Report on sanitation, dispensaries, and jails in Rajputana for 1918, and on vaccination for the year 1918-1919 - 1918-1919
Year: 1918
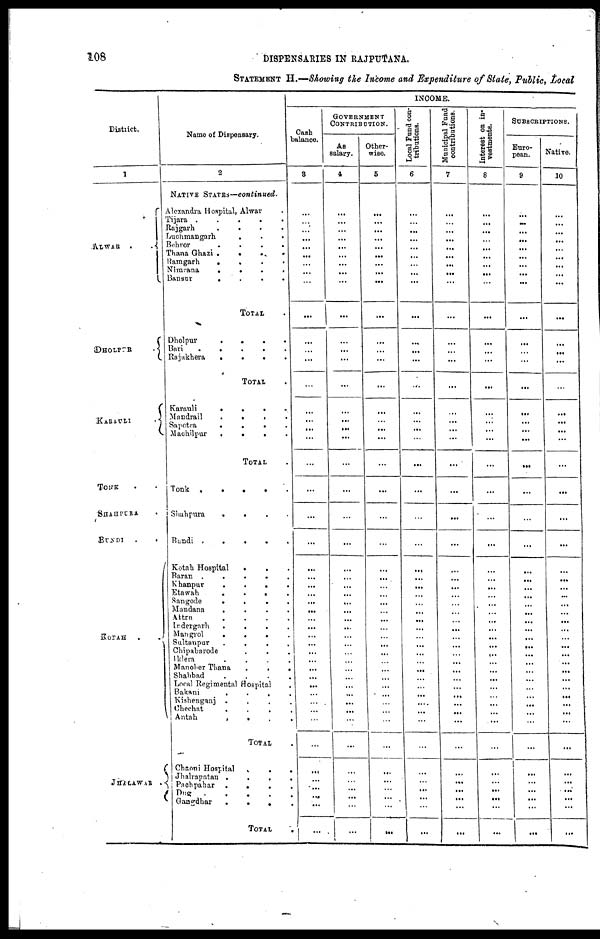
108
DISPENSARIES IN RAJPUTANA.
STATEMENT H.—Showing the Income and Expenditure of State, Public, Local
District.
1
ALWAR
DHOLPUR
KARAULI
TONK . .
SHAHPURA .
BUNDI
. .
KOTAH . .
JHALAWAR
Name of Dispensary.
2
NATIVE STATES—continued.
Alexandra Hospital, Alwar .
Tijara .
.
.
.
.
Rajgarh
. . . .
Luchmangarh
. . .
Behror
.
.
.
.
Thana Ghazi
.
.
. .
Ramgarh
.
.
.
.
Nimrana
.
.
.
.
Bansur
.
.
.
.
TOTAL .
Dholpur
.
.
.
.
Bari
.
.
.
.
.
Rajakhera
.
.
.
.
TOTAL .
Karauli
.
.
. .
Mandrail
.
. . .
Sapotra
.
.
.
.
Machilpur
.
.
.
.
TOTAL .
Tonk .
.
.
.
Shahpura
.
.
.
.
Bundi .
.
.
.
.
Kotah Hospital
.
. .
Baran .
.
.
.
.
Khanpur
.
.
.
.
Etawah
.
.
.
.
Sangode
.
.
.
.
Mandana
.
.
.
.
Attru
.
.
.
.
Indergarh
.
.
.
.
Mangrol
.
.
.
.
Sultanpur
.
.
.
.
Chipabarode . . .
Iklera
.
.
.
.
Manoher Thana
.
.
.
Shahbad
.
.
.
.
Local Regimental Hospital .
Bakani
.
.
.
.
Kishenganj .
.
.
.
Chechat
.
.
.
.
Antah
.
.
.
.
TOTAL .
Chaoni Hospital
.
.
.
Jhalrapatan .
.
.
.
Pachpahar .
.
.
.
Dug
.
.
.
.
.
Gangdhar
.
.
. .
TOTAL .
INCOME.
Cash
balance.
3
...
...
...
...
...
...
...
...
...
...
...
...
...
...
...
...
...
...
...
...
...
...
...
...
...
...
...
...
...
...
...
...
...
...
...
...
...
...
...
...
...
...
...
...
...
...
...
...
GOVERNMENT
CONTRIBUTION.
As
salary.
4
...
...
...
...
...
...
...
...
...
...
...
...
...
...
...
...
...
...
...
...
...
...
...
...
...
...
...
...
...
...
...
...
...
...
...
...
...
...
...
...
...
...
...
...
...
...
...
...
Other-
wise.
5
...
...
...
...
...
...
...
...
...
...
...
...
...
...
...
...
...
...
...
...
...
...
...
...
...
...
...
...
...
...
...
...
...
...
...
...
...
...
...
...
...
...
...
...
...
...
...
...
Local Fund con-
tributions.
6
...
...
...
...
...
...
...
...
...
...
...
...
...
...
...
...
...
...
...
...
...
...
...
...
...
...
...
...
...
...
...
...
...
...
...
...
...
...
...
...
...
...
...
...
...
...
...
...
Municipal Fund
contributions.
7
...
...
...
...
...
...
...
...
...
...
...
...
...
...
...
...
...
...
...
...
...
...
...
...
...
...
...
...
...
...
...
...
...
...
...
...
...
...
...
...
...
...
...
...
...
...
...
...
Interest on in-
vestments.
8
...
...
...
...
...
...
...
...
...
...
...
...
...
...
...
...
...
...
...
...
...
...
...
...
...
...
...
...
...
...
...
...
...
...
...
...
...
...
...
...
...
...
...
...
...
...
...
...
SUBSCRIPTIONS.
Euro-
pean.
9
...
...
...
...
...
...
...
...
...
...
...
...
...
...
...
...
...
...
...
...
...
...
...
...
...
...
...
...
...
...
...
...
...
...
...
...
...
...
...
...
...
...
...
...
...
...
...
...
Native.
10
...
...
...
...
...
...
...
...
...
...
...
...
...
...
...
...
...
...
...
...
...
...
...
...
...
...
...
...
...
...
...
...
...
...
...
...
...
...
...
...
...
...
...
...
...
...
...
...